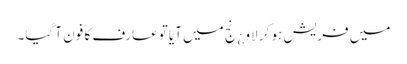
میں فریش ہو کر لاو ¿نج میں آیا توعارف کا فون آ گیا۔